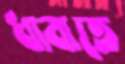
ধাবাতে